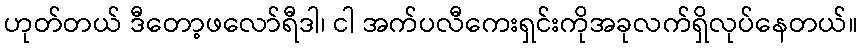
ဟုတ်တယ် ဒီတော့ဖလော်ရီဒါ၊ ငါ အက်ပလီကေးရှင်းကိုအခုလက်ရှိလုပ်နေတယ်။